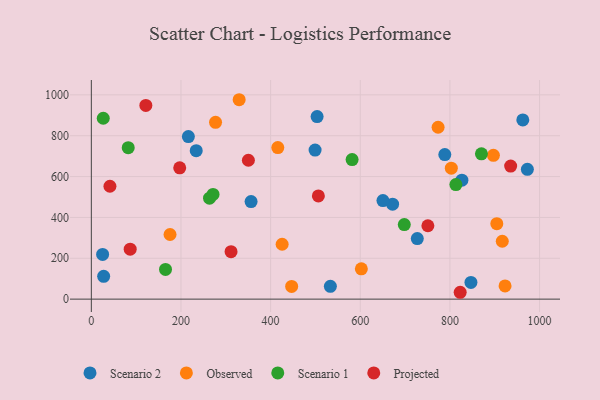
{"axis": {"x": "Experience", "y": "Fuel Efficiency"}, "legend": ["Observed", "Projected", "Scenario 1", "Scenario 2"], "data": [{"x": "788.6", "y": 707.5, "type": "Scenario 2"}, {"x": "727.2", "y": 296.6, "type": "Scenario 2"}, {"x": "962.6", "y": 877.1, "type": "Scenario 2"}, {"x": "503.7", "y": 893.6, "type": "Scenario 2"}, {"x": "972.8", "y": 635.5, "type": "Scenario 2"}, {"x": "216.5", "y": 795.6, "type": "Scenario 2"}, {"x": "499.2", "y": 729.9, "type": "Scenario 2"}, {"x": "27.5", "y": 111.6, "type": "Scenario 2"}, {"x": "234.0", "y": 726.6, "type": "Scenario 2"}, {"x": "533.3", "y": 62.7, "type": "Scenario 2"}, {"x": "25.2", "y": 218.8, "type": "Scenario 2"}, {"x": "356.4", "y": 477.5, "type": "Scenario 2"}, {"x": "826.7", "y": 582.4, "type": "Scenario 2"}, {"x": "672.1", "y": 464.8, "type": "Scenario 2"}, {"x": "846.9", "y": 81.6, "type": "Scenario 2"}, {"x": "650.6", "y": 482.7, "type": "Scenario 2"}, {"x": "916.8", "y": 283.3, "type": "Observed"}, {"x": "897.0", "y": 704.2, "type": "Observed"}, {"x": "803.1", "y": 641.3, "type": "Observed"}, {"x": "602.4", "y": 148.2, "type": "Observed"}, {"x": "923.0", "y": 64.5, "type": "Observed"}, {"x": "175.6", "y": 316.4, "type": "Observed"}, {"x": "277.1", "y": 865.5, "type": "Observed"}, {"x": "416.0", "y": 742.2, "type": "Observed"}, {"x": "904.6", "y": 369.4, "type": "Observed"}, {"x": "425.7", "y": 268.8, "type": "Observed"}, {"x": "446.9", "y": 62.0, "type": "Observed"}, {"x": "773.6", "y": 841.5, "type": "Observed"}, {"x": "329.8", "y": 976.2, "type": "Observed"}, {"x": "870.3", "y": 711.4, "type": "Scenario 1"}, {"x": "263.7", "y": 494.3, "type": "Scenario 1"}, {"x": "82.3", "y": 741.7, "type": "Scenario 1"}, {"x": "271.5", "y": 512.4, "type": "Scenario 1"}, {"x": "165.5", "y": 145.4, "type": "Scenario 1"}, {"x": "26.6", "y": 885.4, "type": "Scenario 1"}, {"x": "698.2", "y": 365.0, "type": "Scenario 1"}, {"x": "581.8", "y": 683.3, "type": "Scenario 1"}, {"x": "813.3", "y": 560.9, "type": "Scenario 1"}, {"x": "121.6", "y": 948.5, "type": "Projected"}, {"x": "86.7", "y": 244.4, "type": "Projected"}, {"x": "822.9", "y": 33.6, "type": "Projected"}, {"x": "197.2", "y": 642.6, "type": "Projected"}, {"x": "311.7", "y": 232.2, "type": "Projected"}, {"x": "935.5", "y": 651.6, "type": "Projected"}, {"x": "350.4", "y": 679.9, "type": "Projected"}, {"x": "750.8", "y": 359.3, "type": "Projected"}, {"x": "506.5", "y": 505.2, "type": "Projected"}, {"x": "41.5", "y": 552.6, "type": "Projected"}]}